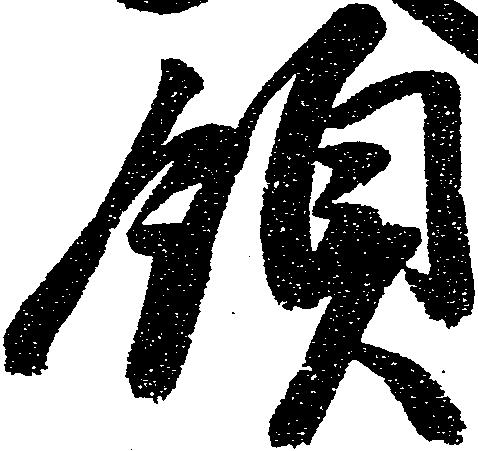
領